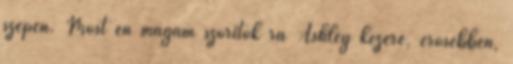
szépen. Most én magam szorítok rá Ashley kezére, erősebben,